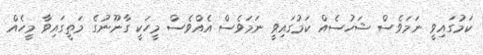
ކަމުގައިވީ ނަމަވެސް ޝަހުސެއް ކަމުގައިވީ ނަމަވެސް އެއްވެސް މީހަކީ ގާނޫނުގެ މަތީގައިވާ މީހެއް